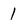
Character: 1